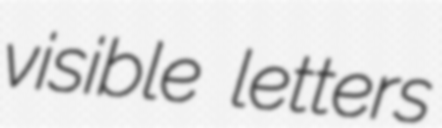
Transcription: visible letters